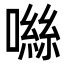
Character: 噝